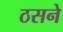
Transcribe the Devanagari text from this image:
ठसने